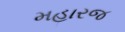
મહારજ